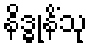
နိဒ္ဓုနိံသု